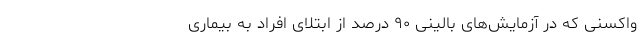
واکسنی که در آزمایش‌های بالینی ۹۰ درصد از ابتلای افراد به بیماری